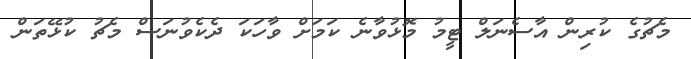
މެޗުގެ ކުރިން އާސެނަލް ޓީމު މޮޅުވާނެ ކަމަށް ވާހަކަ ދެކެވުނަސް މެޗު ކުޅޭތަން